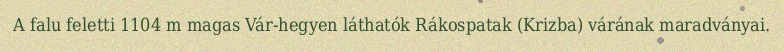
A falu feletti 1104 m magas Vár-hegyen láthatók Rákospatak (Krizba) várának maradványai.